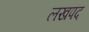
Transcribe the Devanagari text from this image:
लखपद